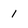
Character: 1